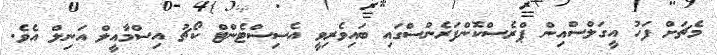
މެޗަށް ފަހު އީގަލްސްއިން ޕްރެސްކޮންފަރެންސްގައި ބައިވެރިވީ އެސިސްޓެންޓް ކޯޗު އިސްމާއީލް އަނިލް އެވެ.